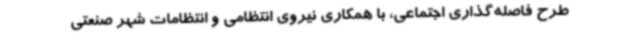
طرح فاصله‌گذاری اجتماعی، با همکاری نیروی انتظامی و انتظامات شهر صنعتی